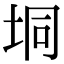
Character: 垌